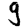
Digit: 9